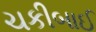
ચકીબાઈ